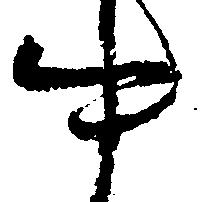
中